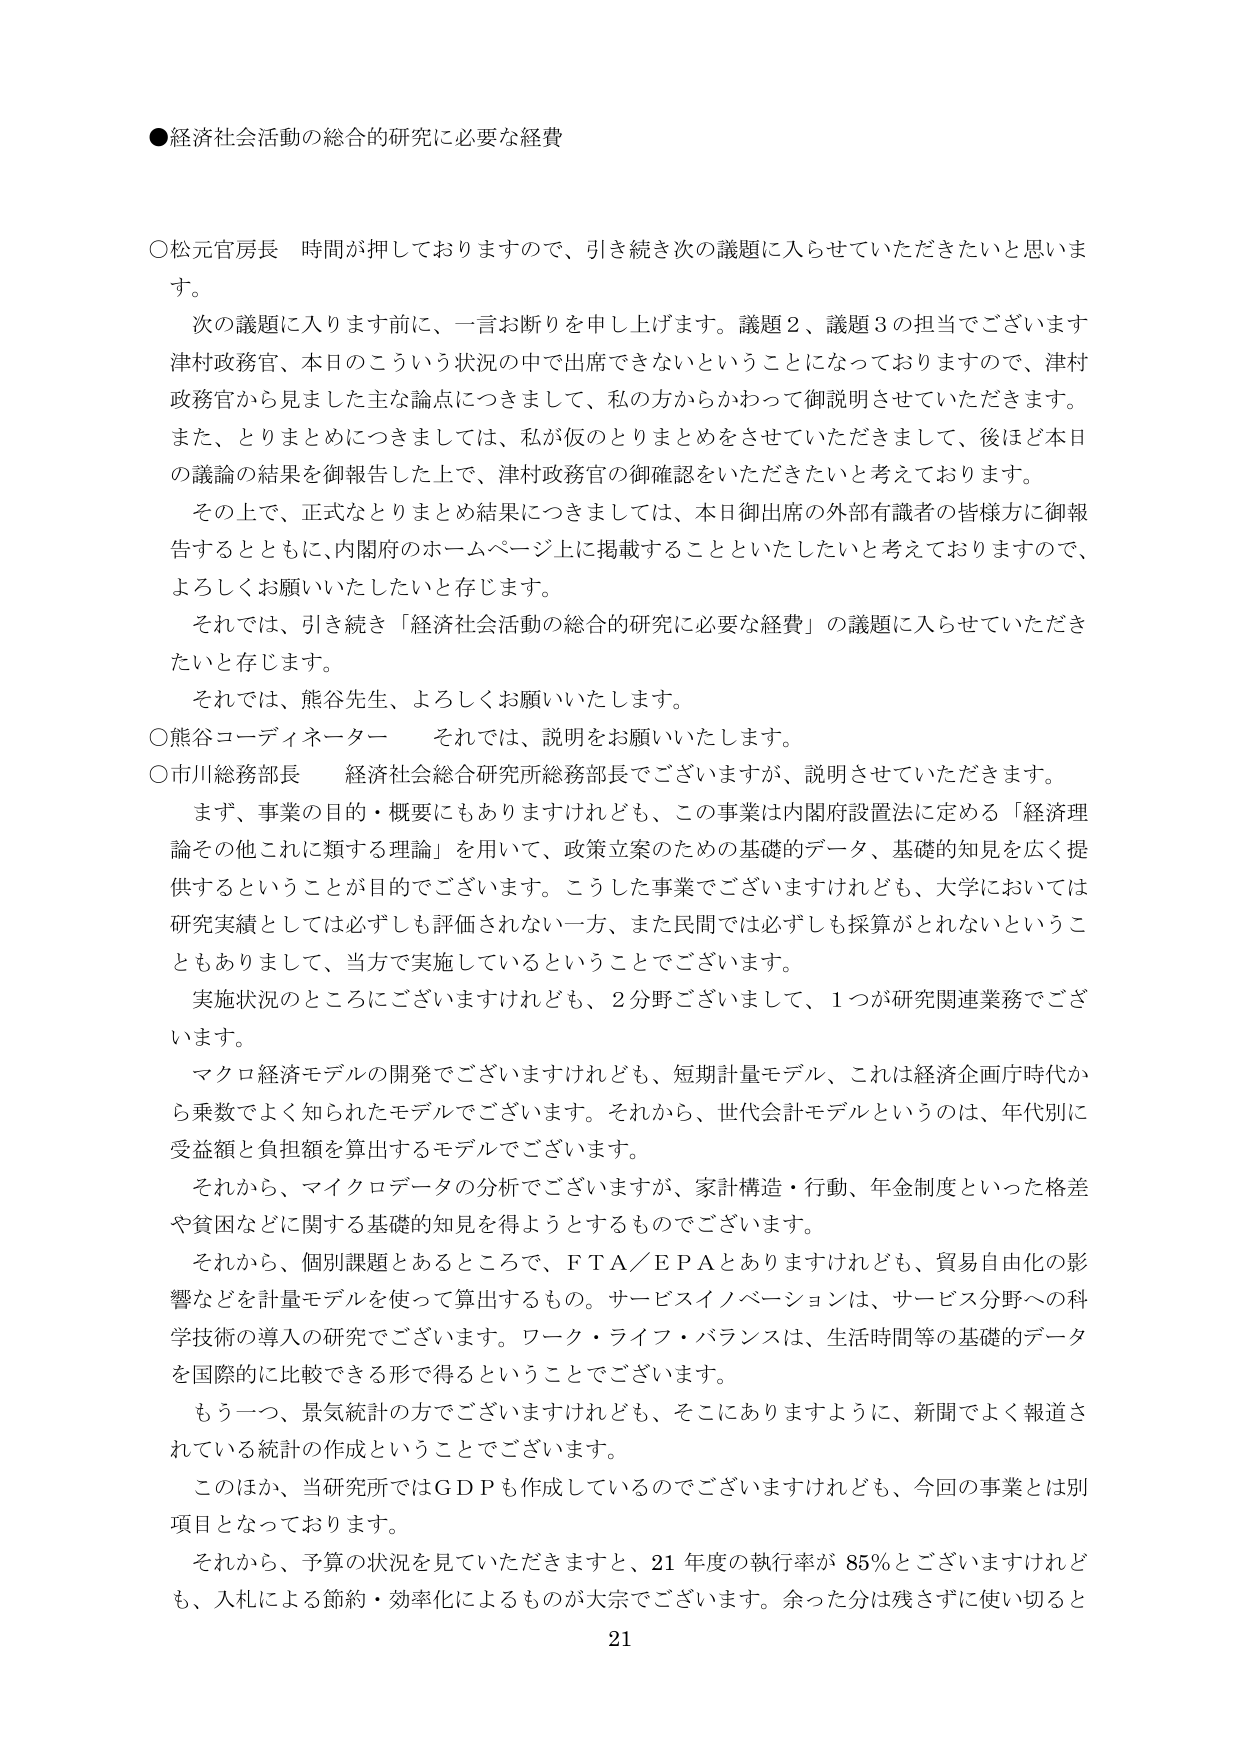
●経済社会活動の総合的研究に必要な経費

○松元官房長　時間が押しておりますので、引き続き次の議題に入らせていただきたいと思います。
　次の議題に入ります前に、一言お断りを申し上げます。議題2、議題3の担当でございます津村政務官、本日のこういう状況の中で出席できないということになっておりますので、津村政務官から見ました主な論点につきまして、私の方からかわって御説明させていただきます。また、とりまとめにつきましては、私が仮のとりまとめをさせていただきますして、後ほど本日の議論の結果を御報告した上で、津村政務官の御確認をいただきたいと考えております。
　その上で、正式なとりまとめ結果につきましては、本日御出席の外部有識者の皆様方に御報告するとともに、内閣府のホームページ上に掲載することといたしたいと考えておりますので、よろしくお願いいたしたいと存じます。
　それでは、引き続き「経済社会活動の総合的研究に必要な経費」の議題に入らせていただきたいと存じます。
　それでは、熊谷先生、よろしくお願いいたします。

○熊谷コーディネーター　それでは、説明をお願いいたします。

○市川総務部長　経済社会総合研究所総務部長でございますが、説明させていただきます。
　まず、事業の目的・概要にもありますけれども、この事業は内閣府設置法に定める「経済理論その他これに類する理論」を用いて、政策立案のための基礎的データ、基礎的知見を広く提供するということが目的でございます。こうした事業でございますけれども、大学においては研究実績としては必ずしも評価されない一方、また民間では必ずしも採算がとれないということもありまして、当方で実施しているということでございます。
　実施状況のところにございますけれども、2分野ございまして、1つが研究関連業務でございます。
　マクロ経済モデルの開発でございますけれども、短期計量モデル、これは経済企画庁時代から乗数でよく知られたモデルでございます。それから、世代会計モデルというのは、年代別に受益額と負担額を算出するモデルでございます。
　それから、マイクロデータの分析でございますが、家計構造・行動、年金制度といった格差や貧困などに関する基礎的知見を得ようとするものでございます。
　それから、個別課題とあるところで、FTA／EPAとありますけれども、貿易自由化の影響などを計量モデルを使って算出するもの。サービスイノベーションは、サービス分野への科学技術の導入の研究でございます。ワーク・ライフ・バランスは、生活時間等の基礎的データを国際的に比較できる形で得るということでございます。
　もう一つ、景気統計の方でございますけれども、そこにありますように、新聞でよく報道されている統計の作成ということでございます。
　このほか、当研究所ではGDPも作成しているのでございますけれども、今回の事業とは別項目となっております。
　それから、予算の状況を見ていただきますと、21年度の執行率が85％とございますけれども、入札による節約・効率化によるものが大宗でございます。余った分は残さずに使い切ると

21